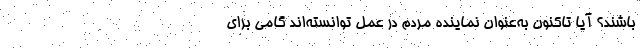
باشند؟ آیا تاکنون به‌عنوان نماینده مردم در عمل توانسته‌اند گامی برای